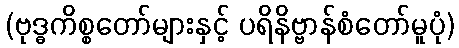
(ဗုဒ္ဓကိစ္စတော်များနှင့် ပရိနိဗ္ဗာန်စံတော်မူပုံ)